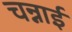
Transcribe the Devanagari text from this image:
चन्नाई